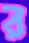
র